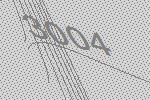
3004